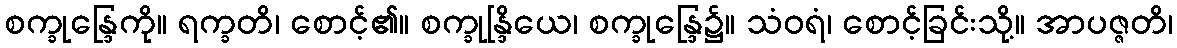
စက္ခုန္ဒြေကို။ ရက္ခတိ၊ စောင့်၏။ စက္ခုန္ဒြိယေ၊ စက္ခုန္ဒြေ၌။ သံဝရံ၊ စောင့်ခြင်းသို့။ အာပဇ္ဇတိ၊